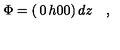
\Phi = \left( \begin{matrix} { 0 } & { h } \\ { 0 } & { 0 } \\ \end{matrix} \right) d z \quad ,